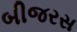
બીજરસ